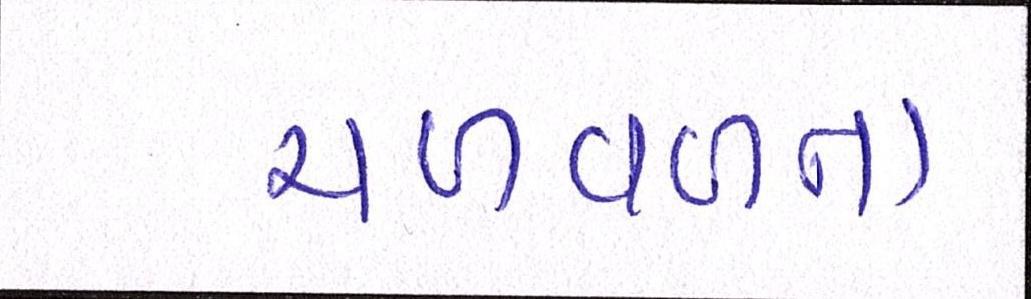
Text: ચળવળના